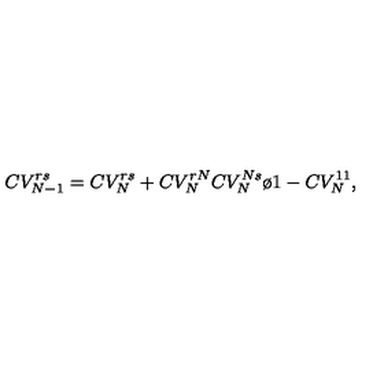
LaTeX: C V _ { N - 1 } ^ { r s } = C V _ { N } ^ { r s } + { C V _ { N } ^ { r N } C V _ { N } ^ { N s } \o 1 - C V _ { N } ^ { 1 1 } } ,